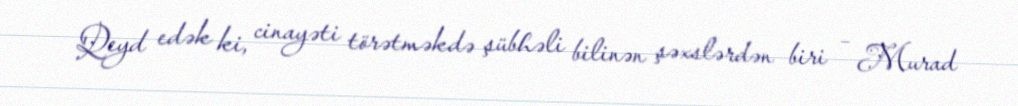
Qeyd edək ki, cinayəti törətməkdə şübhəli bilinən şəxslərdən biri – Murad